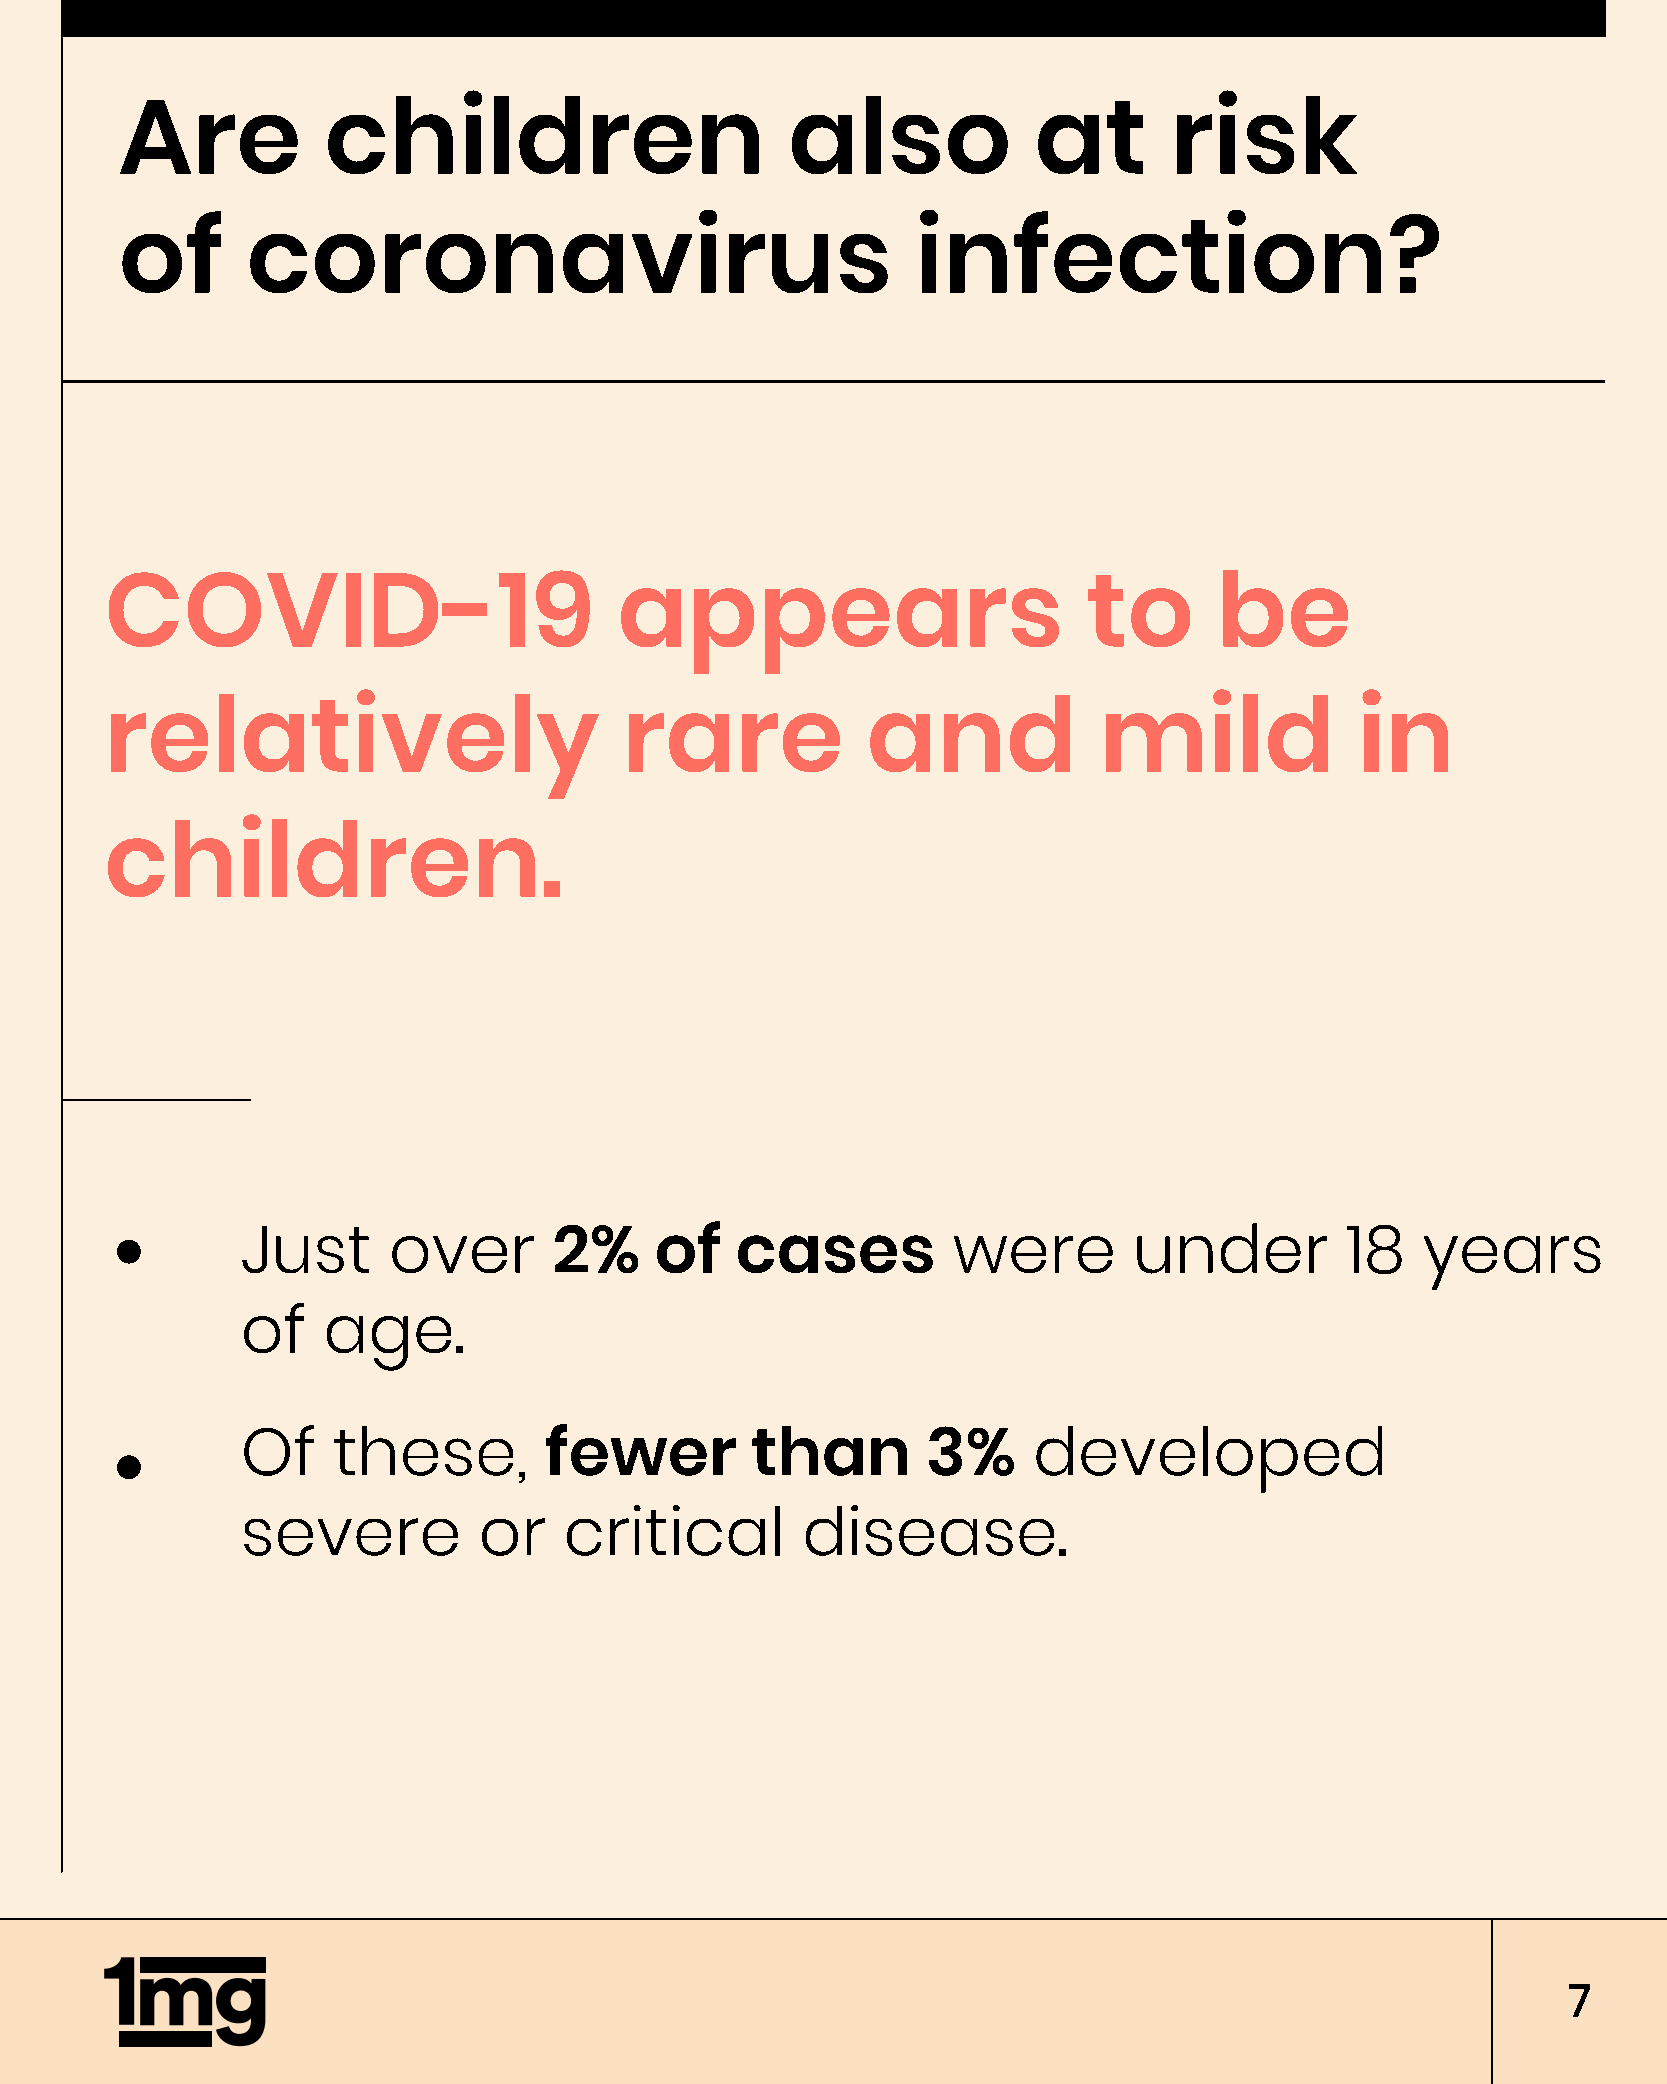
Are          children                       also            at       risk
 of      coronavirus                                  infection?
 COVID-19                          appears                        to       be
 relatively                        rare            and             mild             in
 children.
 Just      over       2%    of    cases         were        under         18   years
 of   age.
 Of    these,        fewer         than       3%     developed
 severe          or   critical        disease.
 7